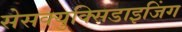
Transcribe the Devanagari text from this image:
सेसक्युक्सिडाइजिंग